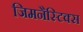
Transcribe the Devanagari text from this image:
जिमनैस्टिक्स